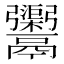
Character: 𩱮